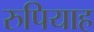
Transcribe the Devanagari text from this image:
रुपियाह